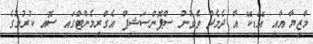
މާޒިޔާ އާއި އޭޑިކޭ އާ ދެމެދު ވެވުނު ސްޕޮންސަޝިޕް އެގްރިމެންޓްގައި ސޮއި ކުރުމުގެ